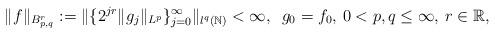
LaTeX: \begin{align*}\Vert f\Vert_{B^r_{p,q}}:=\Vert \{2^{jr} \Vert g_j \Vert_{L^p}\}_{j=0}^{\infty} \Vert_{l^q(\mathbb{N})}<\infty,\,\,\,g_0=f_0,\,0<p,q\leq \infty,\,r\in\mathbb{R},\end{align*}